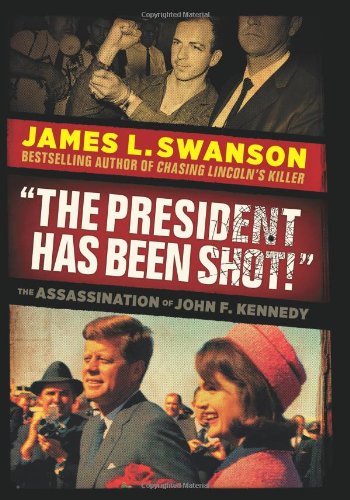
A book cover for The President Has Been Shot!: The Assassination of John F. Kennedy; James L. Swanson; Teen & Young Adult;